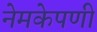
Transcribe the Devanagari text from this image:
नेमकेपणी